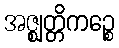
အဇ္ဈတ္တိကဉ္စေ